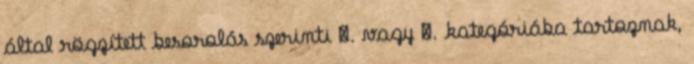
által rögzített besorolás szerinti Ⅴ. vagy Ⅵ. kategóriába tartoznak,